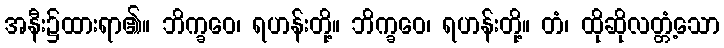
အနီး၌ထားရာ၏။ ဘိက္ခဝေ၊ ရဟန်းတို့။ ဘိက္ခဝေ၊ ရဟန်းတို့။ တံ၊ ထိုဆိုလတ္တံ့သော